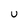
Character: U